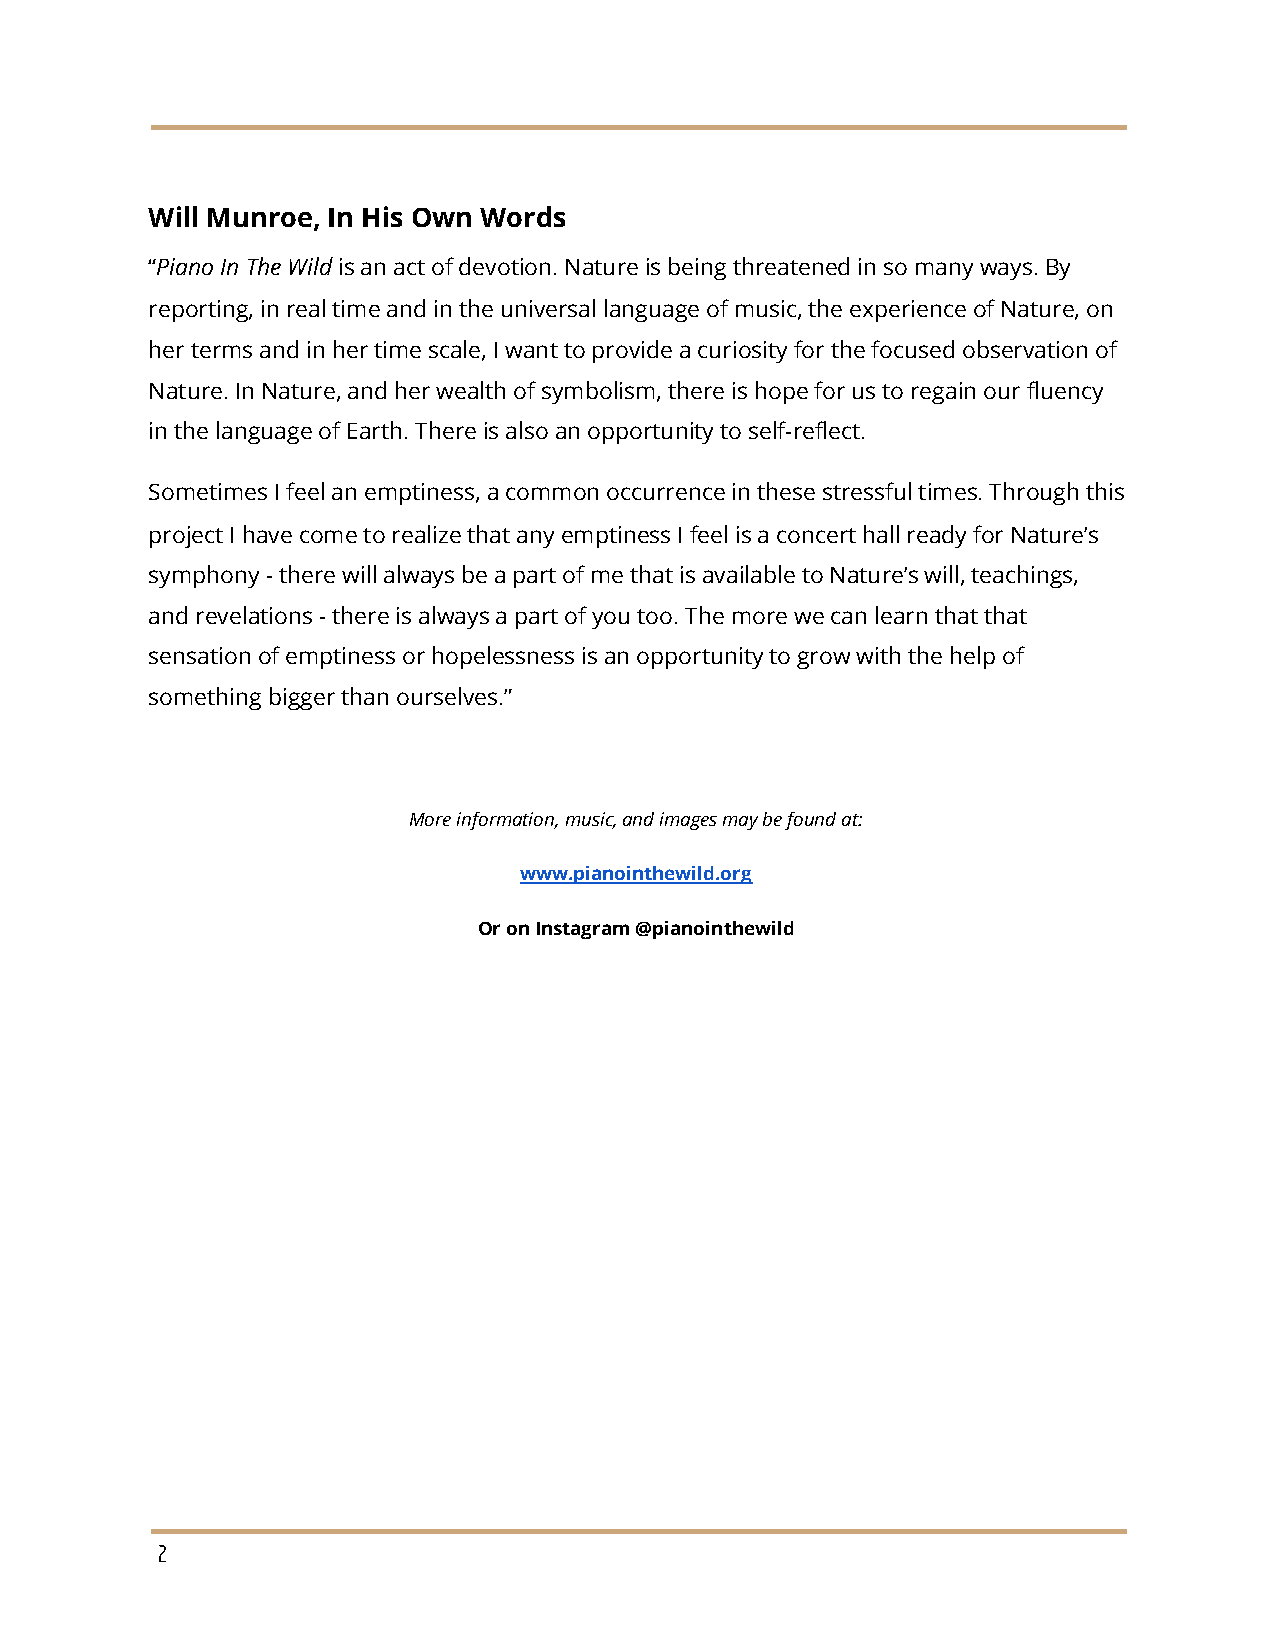
Will Munroe, In His Own Words
 “​Piano In The Wild ​is an act of devotion. Nature is being threatened in so many ways. By
 reporting, in real time and in the universal language of music, the experience of Nature, on
 her terms and in her time scale, I want to provide a curiosity for the focused observation of
 Nature. In Nature, and her wealth of symbolism, there is hope for us to regain our fluency
 in the language of Earth. There is also an opportunity to self-reflect.
 Sometimes I feel an emptiness, a common occurrence in these stressful times. Through this
 project I have come to realize that any emptiness I feel is a concert hall ready for Nature’s
 symphony - there will always be a part of me that is available to Nature’s will, teachings,
 and revelations - there is always a part of you too. The more we can learn that that
 sensation of emptiness or hopelessness is an opportunity to grow with the help of
 something bigger than ourselves.”
 More information, music, and images may be found at:
 www.pianointhewild.org
 Or on Instagram @pianointhewild
 2